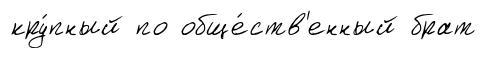
кру́пный по обще́ств'енный брат